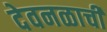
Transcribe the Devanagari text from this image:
देवनळाची